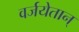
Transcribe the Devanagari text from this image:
वर्जयेतान्